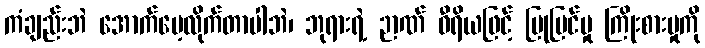
ကံချည်းဘဲ အောက်မေ့လိုက်တာပါဘဲ၊ ဘုရားရဲ့ ဉာဏ် ဝီရိယဖြင့် ပြုပြင်မှု ကြိုးစားမှုကို